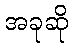
အခုဆို